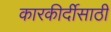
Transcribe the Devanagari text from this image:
कारकीर्दीसाठी